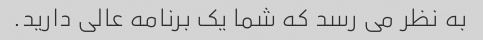
به نظر می رسد که شما یک برنامه عالی دارید.